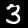
Label: 3